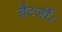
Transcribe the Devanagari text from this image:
चैटर्जी।